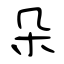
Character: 朵